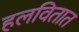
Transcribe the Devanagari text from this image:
हलवितात